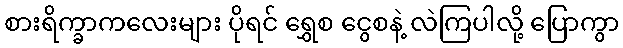
စားရိက္ခာကလေးများ ပိုရင် ရွှေစ ငွေစနဲ့ လဲကြပါလို့ ပြောကွာ